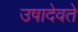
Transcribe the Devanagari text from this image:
उषादेवते